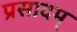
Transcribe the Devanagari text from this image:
प्रसादम्